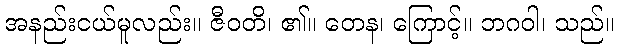
အနည်းငယ်မူလည်း။ ဇီဝတိ၊ ၏။ တေန၊ ကြောင့်။ ဘဂဝါ၊ သည်။